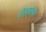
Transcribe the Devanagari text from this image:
लेस्टरशर